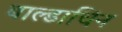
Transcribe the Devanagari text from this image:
बाल्डाचिन